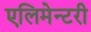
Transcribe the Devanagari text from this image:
एलिमेन्टरी